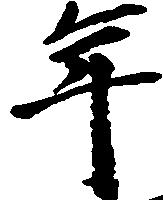
年